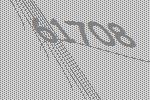
61708